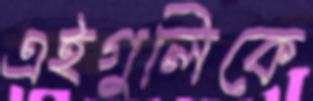
এইগুলিকে